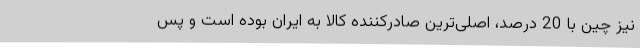
نیز چین با 20 درصد، اصلی‌ترین صادرکننده کالا به ایران بوده است و پس